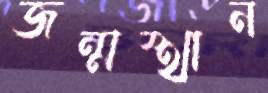
জন্মস্থান